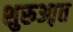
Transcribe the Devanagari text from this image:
शुरुआ़त